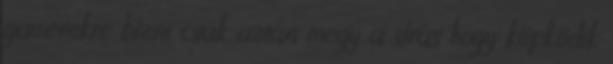
gamerekre bízni csak aztán megy a sírás hogy köpködik